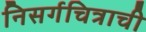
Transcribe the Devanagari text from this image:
निसर्गचित्राची